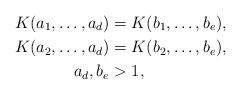
\begin{align*} K(a_1,\ldots,a_d)&=K(b_1,\ldots,b_e),\\ K(a_2,\ldots,a_d)&=K(b_2,\ldots,b_e),\\ a_d,b_e&>1, \end{align*}